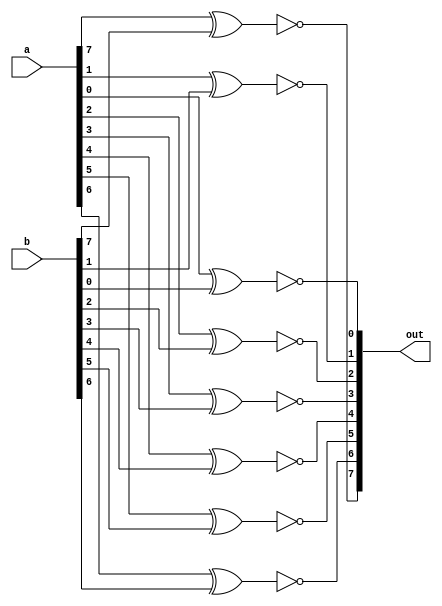
module xnor_8bit(output [7:0] out, input [7:0] a, b);

xnor (out[1], a[1], b[1]);
xnor (out[0], a[0], b[0]);
xnor (out[2], a[2], b[2]);
xnor (out[3], a[3], b[3]);
xnor (out[4], a[4], b[4]);
xnor (out[5], a[5], b[5]);
xnor (out[6], a[6], b[6]);
xnor (out[7], a[7], b[7]);


endmodule